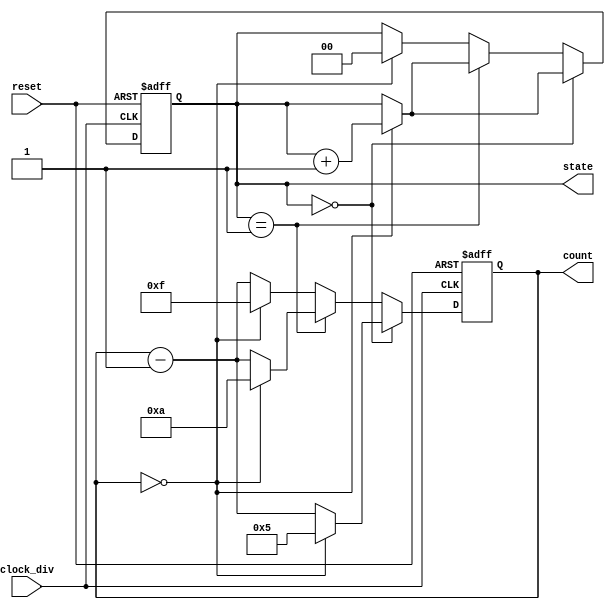
module count_down(clock_div, reset, state, count);
input clock_div, reset;
output reg [1:0] state;
output reg [3:0] count;


always@(posedge clock_div or negedge reset)
begin
    if(reset == 0)
	begin
        count = 4'b1111;
        state = 0;
	end
    else
    begin
        if(state == 0)
        begin
            case(count)
                4'b0000: // 0 
                begin
                    state = state + 1;
                    count = 4'b0101;
                end
                default: count = count - 1; // 15~1
            endcase
        end
        else if(state == 1)
        begin
            case(count)
                4'b0000: // 0 
                begin
                    state = state + 1;
                    count = 4'b1010;
                end
                default: count = count - 1; // 5~1
            endcase
        end
        else // state == 2
        begin
				case(count)
					4'b0000: // 0 
					begin
						 state = 0;
						 count = 4'b1111;
					end
					default: count = count - 1; // 10~1
				endcase
        end
    end
end

endmodule